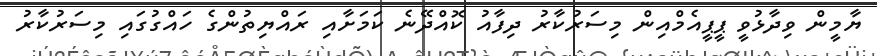
ޔާމީން ވިދާޅުވީ ޕީޕީއެމްއިން މިސަރުކާރު ދިފާއު ކޮއްދޭނެ ކަމަށާއި ރައްޔިތުންގެ ހައްގުގައި މިސަރުކާރު